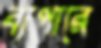
ব্যপারে